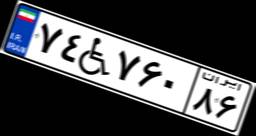
۷۴W۷۶۰۸۶